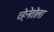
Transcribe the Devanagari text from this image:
व्हेनेतोला